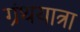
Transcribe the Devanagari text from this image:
ग्रंथयात्रा